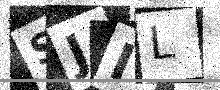
Text: SJIL